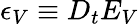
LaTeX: \epsilon_{V}\equiv D_{t}E_{V}